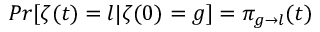
P r [ \zeta ( t ) = l | \zeta ( 0 ) = g ] = \pi _ { g \to l } ( t )